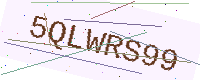
Text: 5QLWRS99